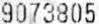
9073805